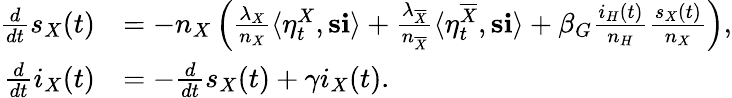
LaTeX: \begin{array}{rl}{\frac{d}{dt}s_{X}(t)}&{=-n_{X}\left(\frac{\lambda_{X}}{n_{X}}\langle\eta_{t}^{X},\mathbf{s}\mathbf{i}\rangle+\frac{\lambda_{\overline{{X}}}}{n_{\overline{{X}}}}\langle\eta_{t}^{\overline{{X}}},\mathbf{s}\mathbf{i}\rangle+\beta_{G}\frac{i_{H}(t)}{n_{H}}\frac{s_{X}(t)}{n_{X}}\right),}\\ {\frac{d}{dt}i_{X}(t)}&{=-\frac{d}{dt}s_{X}(t)+\gamma i_{X}(t).}\end{array}